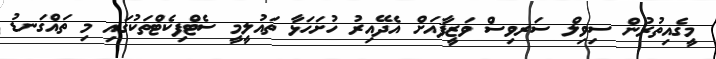
މީގެއިތުރުން ސިވިލް ސަރވިސް ވަޒީފާއަށް އެދޭއިރު ހުށަހަޅާ ތައުލީމީ ސެޓްފިކެޓްތަކުގައި މި ތައްގަނޑު